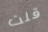
قلت